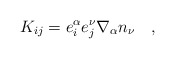
\begin{align*}K_{i j} = e^{\alpha}_{i}e^{\nu}_{j}\nabla_{\alpha}n_{\nu}\quad ,\end{align*}